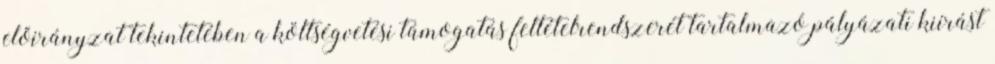
előirányzat tekintetében a költségvetési támogatás feltételrendszerét tartalmazó pályázati kiírást